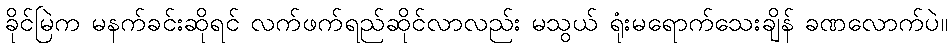
ခိုင်မြဲက မနက်ခင်းဆိုရင် လက်ဖက်ရည်ဆိုင်လာလည်း မသွယ် ရုံးမရောက်သေးချိန် ခဏလောက်ပဲ။